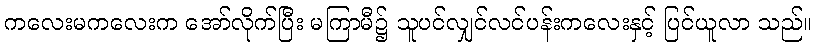
ကလေးမကလေးက အော်လိုက်ပြီး မကြာမီ၌ သူပင်လျှင်လင်ပန်းကလေးနှင့် ပြင်ယူလာ သည်။